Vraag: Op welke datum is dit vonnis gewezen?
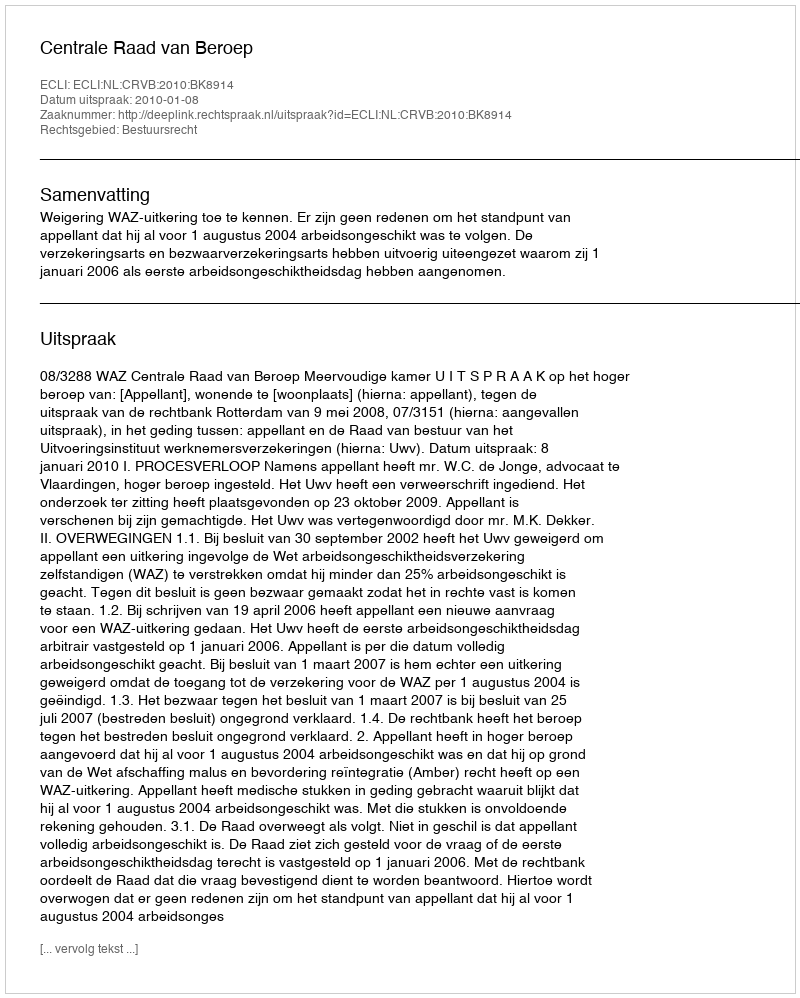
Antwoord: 2010-01-08